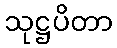
သုဋ္ဌပိတာ